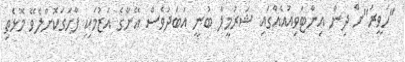
"ހަވީރަ"ށް ދިން އިންޓަވިއުއެއްގައި ޝަރުމީލާ ބުނީ އަބަދުވެސް އޭނާގެ އަޒުމަކީ ފާހަގަކޮށްލެވޭ މޮޅެތި